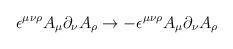
LaTeX: \begin{align*}\epsilon^{\mu\nu\rho}A_\mu \partial_\nu A_\rho\to - \epsilon^{\mu\nu\rho}A_\mu\partial_\nu A_\rho\end{align*}